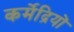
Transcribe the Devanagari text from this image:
कर्मेद्रियों